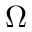
\Omega